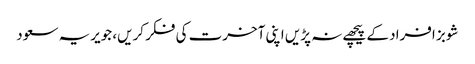
شوبز افراد کے پیچھے نہ پڑیں اپنی آخرت کی فکر کریں، جویریہ سعود